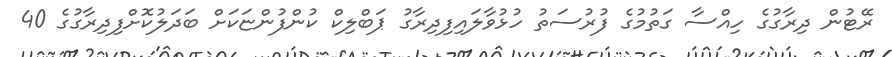
ރޭޓުން ދިރާގުގެ ހިއްސާ ގަތުމުގެ ފުރުސަތު ހުޅުވާލައިފިދިރާގު ޕަބްލިކް ކުންފުންޏަކަށް ބަދަލުކޮށްފިދިރާގުގެ 40